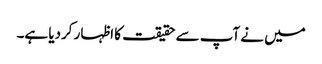
میں نے آپ سے حقیقت کا اظہار کردیا ہے۔